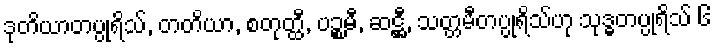
ဒုတိယာတပ္ပုရိသ်, တတိယာ, စတုတ္ထီ, ပဉ္စမီ, ဆဋ္ဌီ, သတ္တမီတပ္ပုရိသ်ဟု သုဒ္ဓတပ္ပုရိသ် ၆